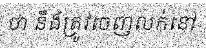
ថា នឹងត្រូវចេញលក់នៅ